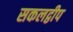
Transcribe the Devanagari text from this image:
सकलद्वीप